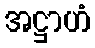
အဋ္ဌာဟံ